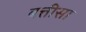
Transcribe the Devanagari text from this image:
बत्तीसा